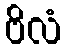
ဗိလံ